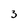
Character: 3